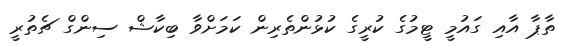
ތާޕާ އާއި ގައުމީ ޓީމުގެ ކުރީގެ ކުޅުންތެރިން ކަމަށްވާ ބިކާޝް ސިންގް ޗެތުރީ